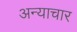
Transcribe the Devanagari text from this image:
अन्याचार